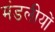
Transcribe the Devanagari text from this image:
मंडलीयों